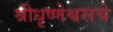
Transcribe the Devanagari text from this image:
श्रीधृष्णेश्वराचे